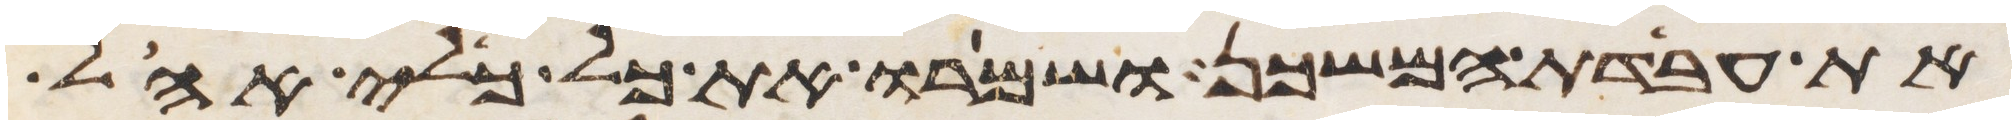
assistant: את עבדת המשכן ושמרו את כל כלי אהל